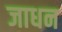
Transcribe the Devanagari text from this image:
जाधन